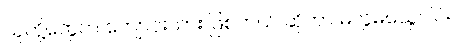
သူတို့တွေက ကျောင်းသား ဖြစ်တယ် ဆိုတာ မလွဲမသွေပါပဲ။